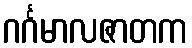
ဂင်္ဂမာလဇာတက